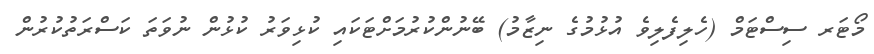
މޯޓަރ ސިސްޓަމް (ހެލިފެލިވެ އުޅުމުގެ ނިޒާމު) ބޭނުންކުރުމަށްޓަކައި ކުޅިވަރު ކުޅުން ނުވަތަ ކަސްރަތުކުރުން